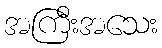
အကြီးအသေး